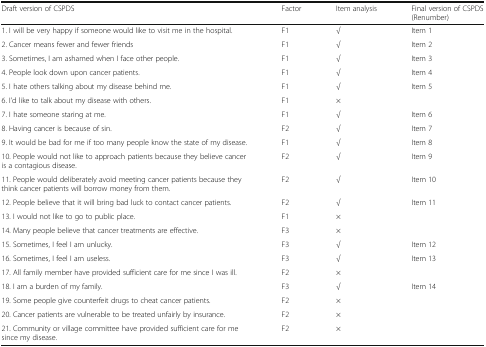
| Draft version of CSPDS | Factor | Item analysis | Final version of CSPDS (Renumber) |
 | --- | --- | --- | --- |
 | 1. I will be very happy if someone would like to visit me in the hospital. | F1 | √ | Item 1 |
 | 2. Cancer means fewer and fewer friends | F1 | √ | Item 2 |
 | 3. Sometimes, I am ashamed when I face other people. | F1 | √ | Item 3 |
 | 4. People look down upon cancer patients. | F1 | √ | Item 4 |
 | 5. I hate others talking about my disease behind me. | F1 | √ | Item 5 |
 | 6. I’d like to talk about my disease with others. | F1 | × |  |
 | 7. I hate someone staring at me. | F1 | √ | Item 6 |
 | 8. Having cancer is because of sin. | F2 | √ | Item 7 |
 | 9. It would be bad for me if too many people know the state of my disease. | F1 | √ | Item 8 |
 | 10. People would not like to approach patients because they believe cancer is a contagious disease. | F2 | √ | Item 9 |
 | 11. People would deliberately avoid meeting cancer patients because they think cancer patients will borrow money from them. | F2 | √ | Item 10 |
 | 12. People believe that it will bring bad luck to contact cancer patients. | F2 | √ | Item 11 |
 | 13. I would not like to go to public place. | F1 | × |  |
 | 14. Many people believe that cancer treatments are effective. | F3 | × |  |
 | 15. Sometimes, I feel I am unlucky. | F3 | √ | Item 12 |
 | 16. Sometimes, I feel I am useless. | F3 | √ | Item 13 |
 | 17. All family member have provided sufficient care for me since I was ill. | F2 | × |  |
 | 18. I am a burden of my family. | F3 | √ | Item 14 |
 | 19. Some people give counterfeit drugs to cheat cancer patients. | F2 | × |  |
 | 20. Cancer patients are vulnerable to be treated unfairly by insurance. | F2 | × |  |
 | 21. Community or village committee have provided sufficient care for me since my disease. | F2 | × |  |